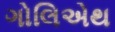
ગોલિએથ